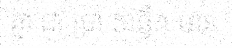
គ្នា ជា ប្រាំ សន្លឹក មាន